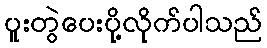
ပူးတွဲပေးပို့လိုက်ပါသည်